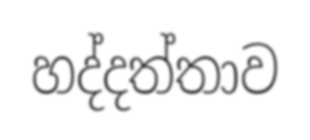
හද්දත්තාව